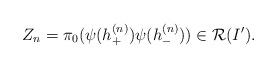
LaTeX: \begin{align*}Z_n=\pi_0(\psi(h_+^{(n)})\psi(h_-^{(n)})) \in{\cal R}(I').\end{align*}